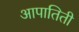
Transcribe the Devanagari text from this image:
आपातिती